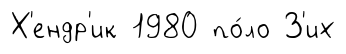
Х'ендр'ик 1980 по́ло З'их